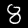
Digit: 8